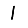
Digit: 1